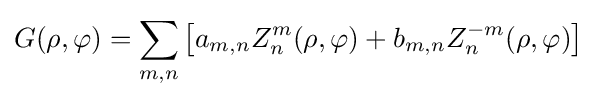
G(\rho ,\varphi )=\sum _{m,n}\left[a_{m,n}Z_{n}^{m}(\rho ,\varphi )+b_{m,n}Z_{n}^{-m}(\rho ,\varphi )\right]